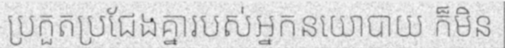
ប្រកួតប្រជែងគ្នារបស់អ្នកនយោបាយ ក៏មិន